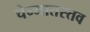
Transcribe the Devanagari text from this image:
चेन्मातस्तव